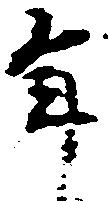
年